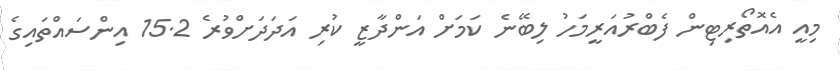
މިއީ އެއޮތޯރިޓިން ފެބްރުއަރީމަހު ލިބޭނެ ކަމަށް އަންދާޒީ ކުރި އަދަދަށްވުރެ 15.2 އިންސައްތައިގެ